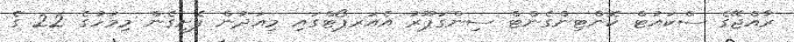
ރާއްޖޭގެ ސްކައުޓް ކޮންޓިންގެންޓް ސިންގަޕޫރު އެއަރޕޯޓްގައި މިއަދުން ފެށިގެން މިމަހުގެ 22 ގެ